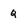
Character: g